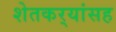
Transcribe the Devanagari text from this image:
शेतकर्‍यांसह